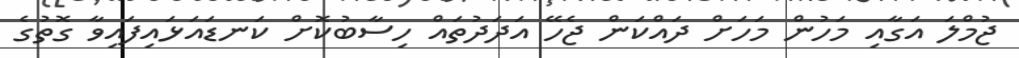
ޖުމްލަ އަގާއި މަހުން މަހަށް ދައްކަން ޖެހޭ އަދަދުތައް ހިސާބުކޮށް ކަނޑައަޅައިފައިވާ ގޮތުގެ